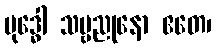
ဗုဒ္ဓေါ သဗ္ဗညုနော ဧတေ၊